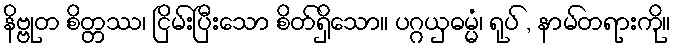
နိဗ္ဗုတ စိတ္တဿ၊ ငြိမ်းပြီးသော စိတ်ရှိသော။ ပဂ္ဂယှဓမ္မံ၊ ရုပ် , နာမ်တရားကို။